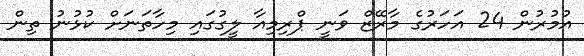
އުމުރުން 24 އަހަރުގެ މާރޭޒް ވަނީ ޕްރިމިއާ ލީގުގައި މިހާތަނަށް ކުޅުނު ތިން